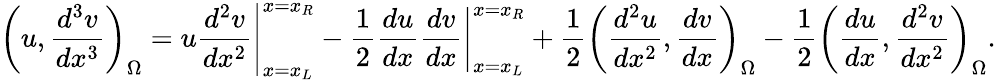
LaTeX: \left(u,\frac{d^{3}v}{dx^{3}}\right)_{\Omega}=\left.u\frac{d^{2}v}{dx^{2}}\right|_{x=x_{L}}^{x=x_{R}}-\frac{1}{2}\left.\frac{du}{dx}\frac{dv}{dx}\right|_{x=x_{L}}^{x=x_{R}}+\frac{1}{2}\left(\frac{d^{2}u}{dx^{2}},\frac{dv}{dx}\right)_{\Omega}-\frac{1}{2}\left(\frac{du}{dx},\frac{d^{2}v}{dx^{2}}\right)_{\Omega}.